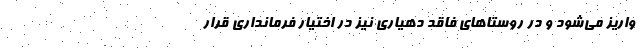
واریز می‌شود و در روستا‌های فاقد دهیاری نیز در اختیار فرمانداری قرار